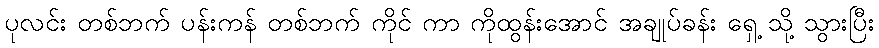
ပုလင်း တစ်ဘက် ပန်းကန် တစ်ဘက် ကိုင် ကာ ကိုထွန်းအောင် အချုပ်ခန်း ရှေ့ သို့ သွားပြီး